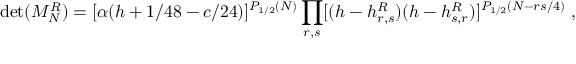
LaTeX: \operatorname * { d e t } ( { \cal M } _ { N } ^ { R } ) = [ \alpha ( h + 1 / 4 8 - c / 2 4 ) ] ^ { P _ { 1 / 2 } ( N ) } \prod _ { r , s } [ ( h - h _ { r , s } ^ { R } ) ( h - h _ { s , r } ^ { R } ) ] ^ { P _ { 1 / 2 } ( N - { r s / 4 } ) } { } ~ ,